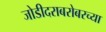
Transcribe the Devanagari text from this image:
जोडीदराबरोबरच्या